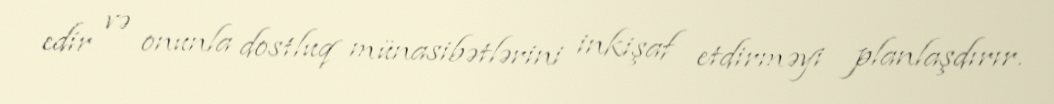
edir və onunla dostluq münasibətlərini inkişaf etdirməyi planlaşdırır.